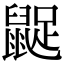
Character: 𪕝